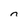
Character: n